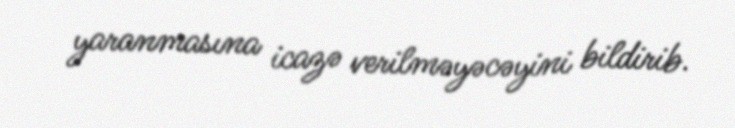
yaranmasına icazə verilməyəcəyini bildirib.